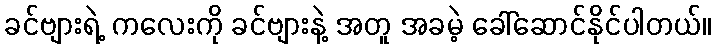
ခင်ဗျားရဲ့ ကလေးကို ခင်ဗျားနဲ့ အတူ အခမဲ့ ခေါ်ဆောင်နိုင်ပါတယ်။